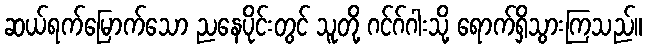
ဆယ်ရက်မြောက်သော ညနေပိုင်းတွင် သူတို့ ဂင်ဂ်ဂါးသို့ ရောက်ရှိသွားကြသည်။